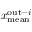
x _ { \mathrm { m e a n } } ^ { \mathrm { o u t } - i }